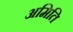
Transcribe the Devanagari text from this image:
अमिति